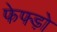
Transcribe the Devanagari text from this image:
फेफ्ड़ो